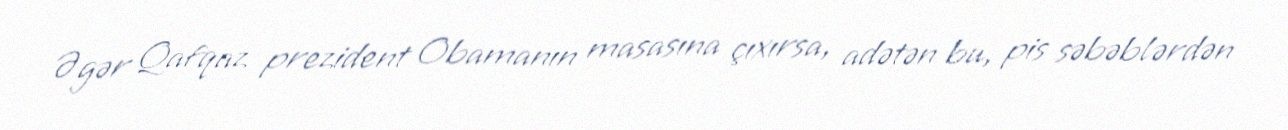
Əgər Qafqaz prezident Obamanın masasına çıxırsa, adətən bu, pis səbəblərdən